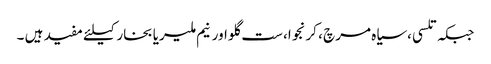
جبکہ تلسی ،سیاہ مرچ ، کرنجوا، ست گلو اورنیم ملیریا بخار کیلئے مفید ہیں ۔